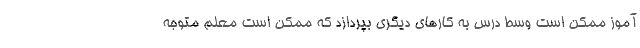
آموز ممکن است وسط درس به کارهای دیگری بپردازد که ممکن است معلم متوجه